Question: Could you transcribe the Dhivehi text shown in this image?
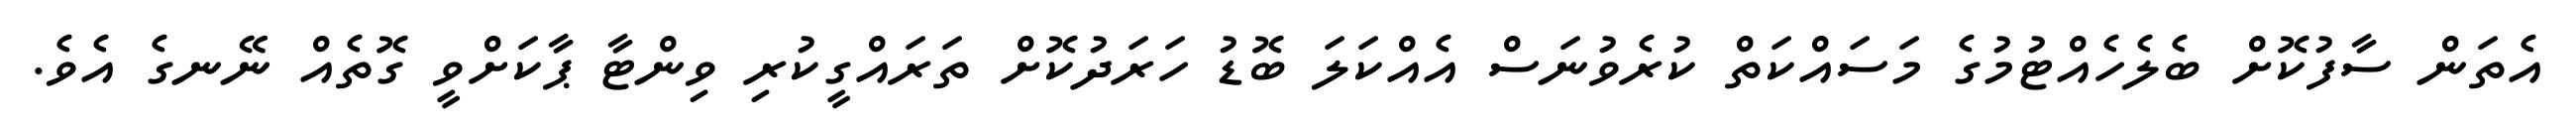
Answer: އެތަން ސާފުކޮށް ބެލެހެއްޓުމުގެ މަސައްކަތް ކުރެވުނަސް އެއްކަލަ ބޮޑު ހަރަދުކޮށް ތަރައްގީކުރި ވިންޓާ ޕާކަށްވީ ގޮތެއް ނޭނގެ އެވެ.